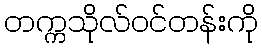
တက္ကသိုလ်ဝင်တန်းကို